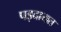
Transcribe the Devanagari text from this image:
पड़दायत